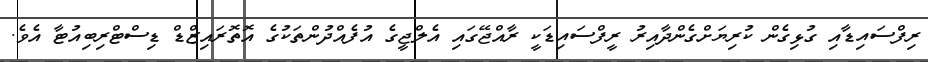
ރިފްސައިޑާއި ގުޅިގެން ކުރިޔަށްގެންދާއިރު ރީފްސައިޑަކީ ރާއްޖޭގައި އެލްޖީގެ އުފެއްދުންތަކުގެ އޮތޮރައިޒްޑް ޑިސްޓްރިބިއުޓާ އެވެ.